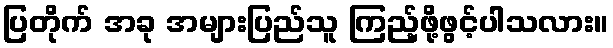
ပြတိုက် အခု အများပြည်သူ ကြည့်ဖို့ဖွင့်ပါသလား။